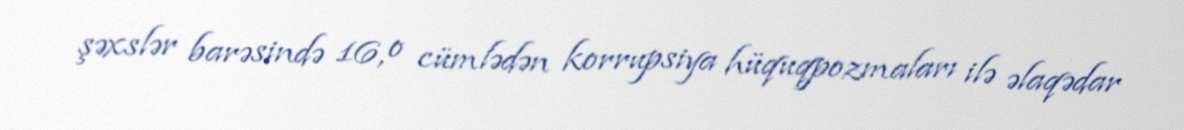
şəxslər barəsində 16, o cümlədən korrupsiya hüquqpozmaları ilə əlaqədar